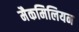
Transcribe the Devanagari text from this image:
मैकमिलियन